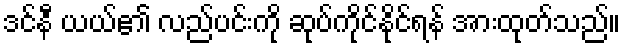
ဒင်နီ ယယ်၏ လည်ပင်းကို ဆုပ်ကိုင်နိုင်ရန် အားထုတ်သည်။